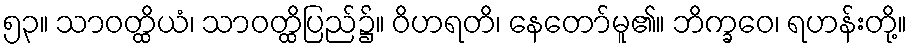
၅၃။ သာဝတ္ထိယံ၊ သာဝတ္ထိပြည်၌။ ဝိဟရတိ၊ နေတော်မူ၏။ ဘိက္ခဝေ၊ ရဟန်းတို့။